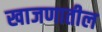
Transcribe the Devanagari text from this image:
खाजणातील